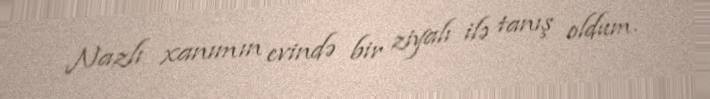
Nazlı xanımın evində bir ziyalı ilə tanış oldum.